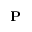
\mathbf { P }